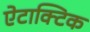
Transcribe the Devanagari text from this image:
ऐटाक्टिक